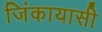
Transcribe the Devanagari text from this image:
जिंकायासी